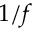
1 / f